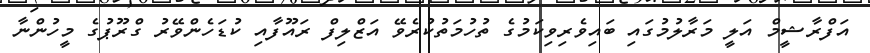
އަފްރާޝީމް އަލީ މަރާލުމުގައި ބައިވެރިވިކަމުގެ ތުހުމަތުކުރެވޭ އަޒްލިފް ރައޫފާއި ކުޑަހެންވޭރު ގްރޫޕުގެ މީހުންނާ